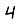
Digit: 4